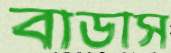
বাডাস